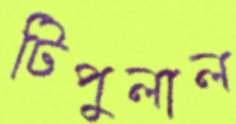
টিপুলাল